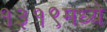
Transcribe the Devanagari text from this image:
१३१९मध्ये